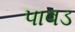
પાવડ